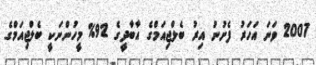
2007 ވަނަ އަހަރު ފެށުނު އިރު ބެލްޖިއަމްގެ އާބާދީގެ 92% މީހުންނަކީ ބެލްޖިއަމްގެ